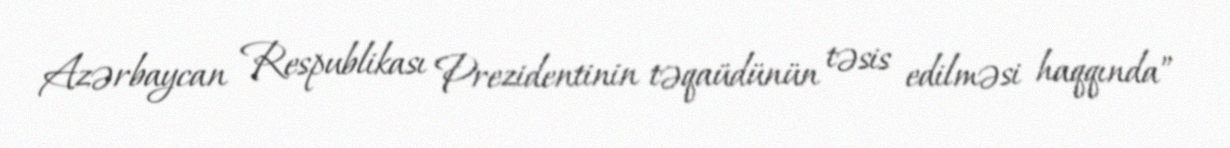
Azərbaycan Respublikası Prezidentinin təqaüdünün təsis edilməsi haqqında”